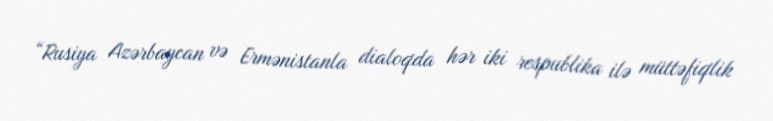
“Rusiya Azərbaycan və Ermənistanla dialoqda hər iki respublika ilə müttəfiqlik